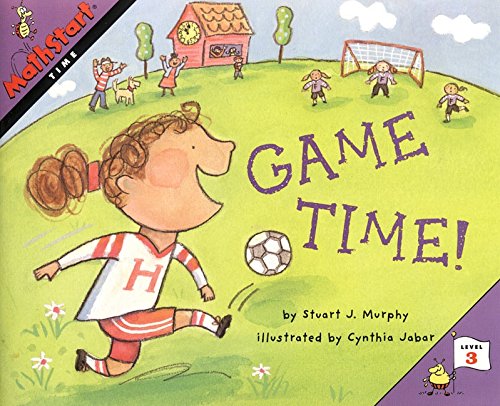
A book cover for Great Source Mathstart: Student Reader Game Time! (MathStart 3); GREAT SOURCE; Reference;